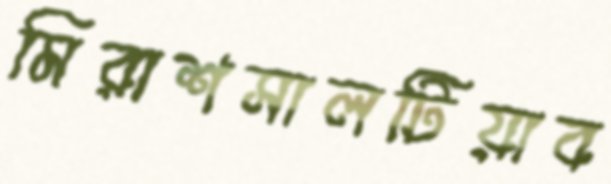
মিরাশসালটিয়াব